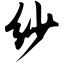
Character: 纱